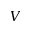
V